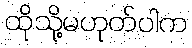
ထိုသို့မဟုတ်ပါက